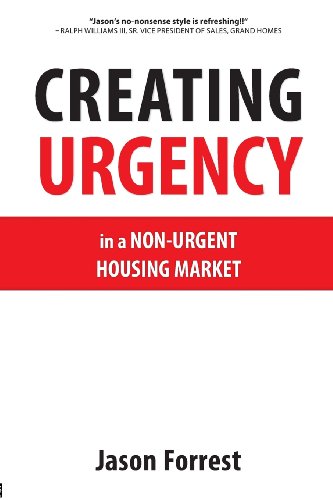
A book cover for Creating Urgency in a Non-Urgent Housing Market; Jason Forrest; Business & Money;